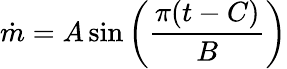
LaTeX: \dot{m}=A\sin{\left(\frac{\pi(t-C)}{B}\right)}